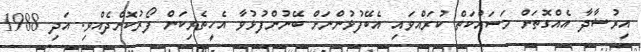
އިރުޝާދާ އެއްގޮތަށް މަސައްކަތް ކުރައްވައި އެބޭފުޅުންނަށް ބޭނުންފުޅުވާ އެހީތެރިކަން ފޯރުކޮށްދެއްވި. އަދި 1988